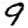
Digit: 9